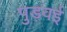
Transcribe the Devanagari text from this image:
पुड़वई